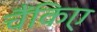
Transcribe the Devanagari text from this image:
चैंकिए